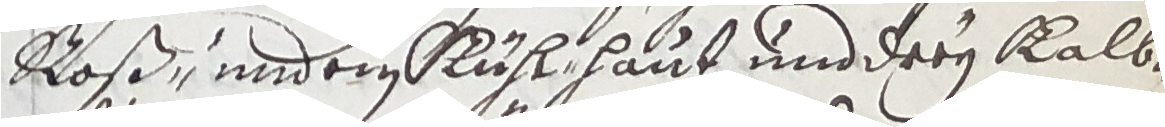
Roß, undei Rüselaut und drrÿ Kalb¬